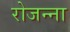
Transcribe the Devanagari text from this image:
रोजन्ना